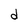
Character: d